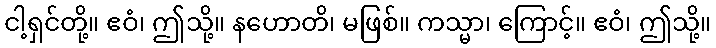
ငါ့ရှင်တို့။ ဧဝံ၊ ဤသို့။ နဟောတိ၊ မဖြစ်။ ကသ္မာ၊ ကြောင့်။ ဧဝံ၊ ဤသို့။